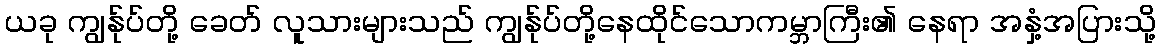
ယခု ကျွန်ုပ်တို့ ခေတ် လူသားများသည် ကျွန်ုပ်တို့နေထိုင်သောကမ္ဘာကြီး၏ နေရာ အနှံ့အပြားသို့